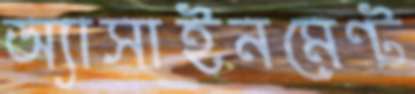
অ্যাসাইনমেন্ট